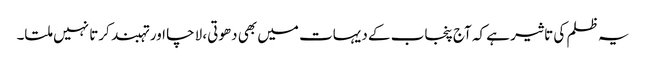
یہ ظلم کی تاثیر ہے کہ آج پنجاب کے دیہات میں بھی دھوتی، لاچا اور تہبند کرتا نہیں ملتا۔